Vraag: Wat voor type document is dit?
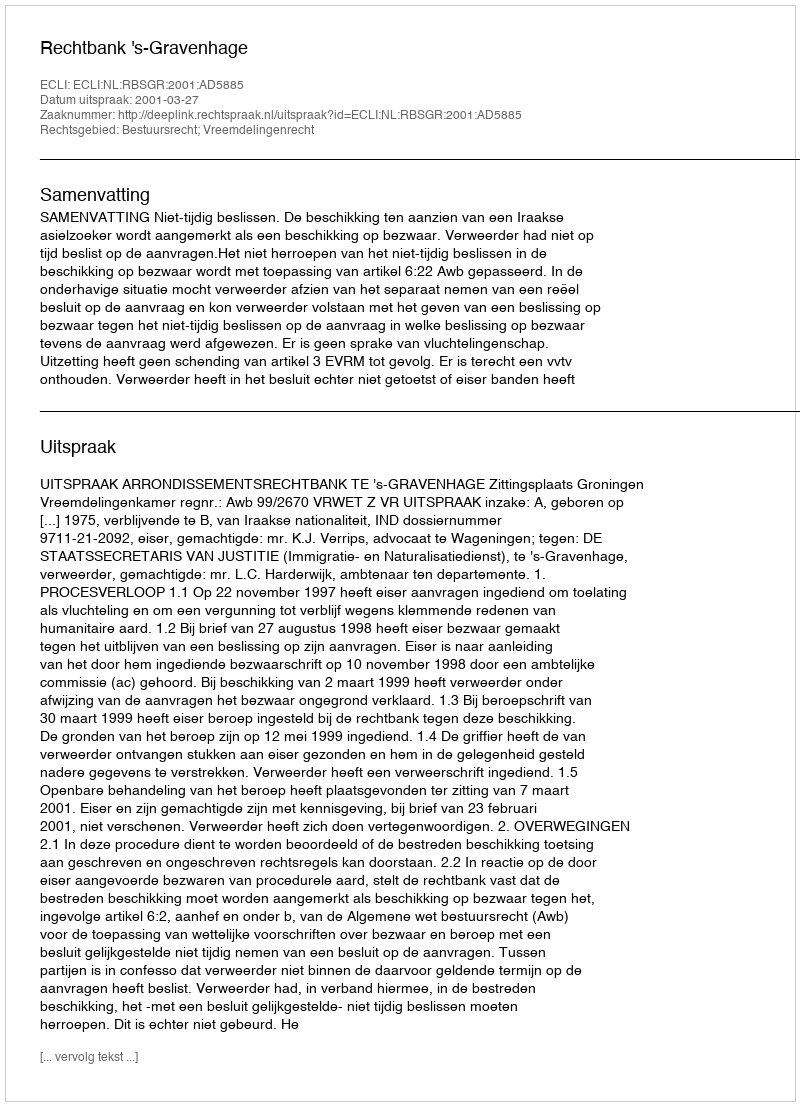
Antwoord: Uitspraak